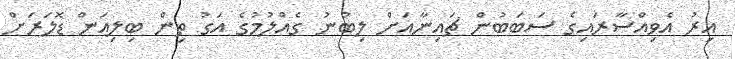
އިރު އެވިއްސާރައިގެ ސަބަބުން ޗައިނާއަށް ލިބުނު ގެއްލުމުގެ އަގު ތިން ބިލިއަން ޑޮލަރަށް